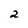
Character: 2